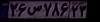
۲۶س۷۸۶۲۳